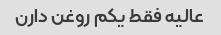
عالیه فقط یکم روغن دارن